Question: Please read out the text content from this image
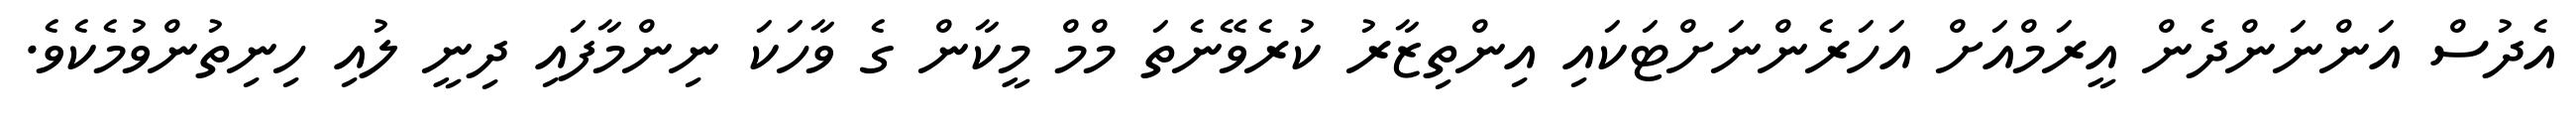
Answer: އެދުސް އަންނަންދެން އީރަމްއަށް އަހަރެންނަށްޓަކައި އިންތިޒާރު ކުރެވޭނެތަ މްމް މީކާން ގެ ވާހަކަ ނިންމާފައި ދިނީ ލުއި ހިނިތުންވުމެކެވެ.